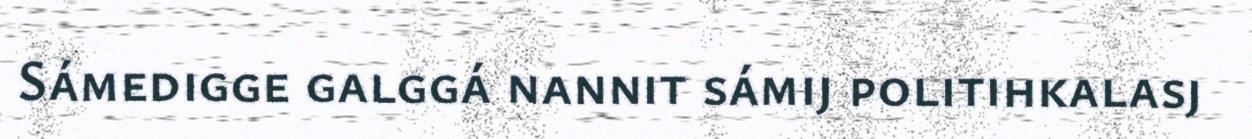
Sámedigge galggá nannit sámij politihkalasj